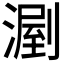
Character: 𣼉